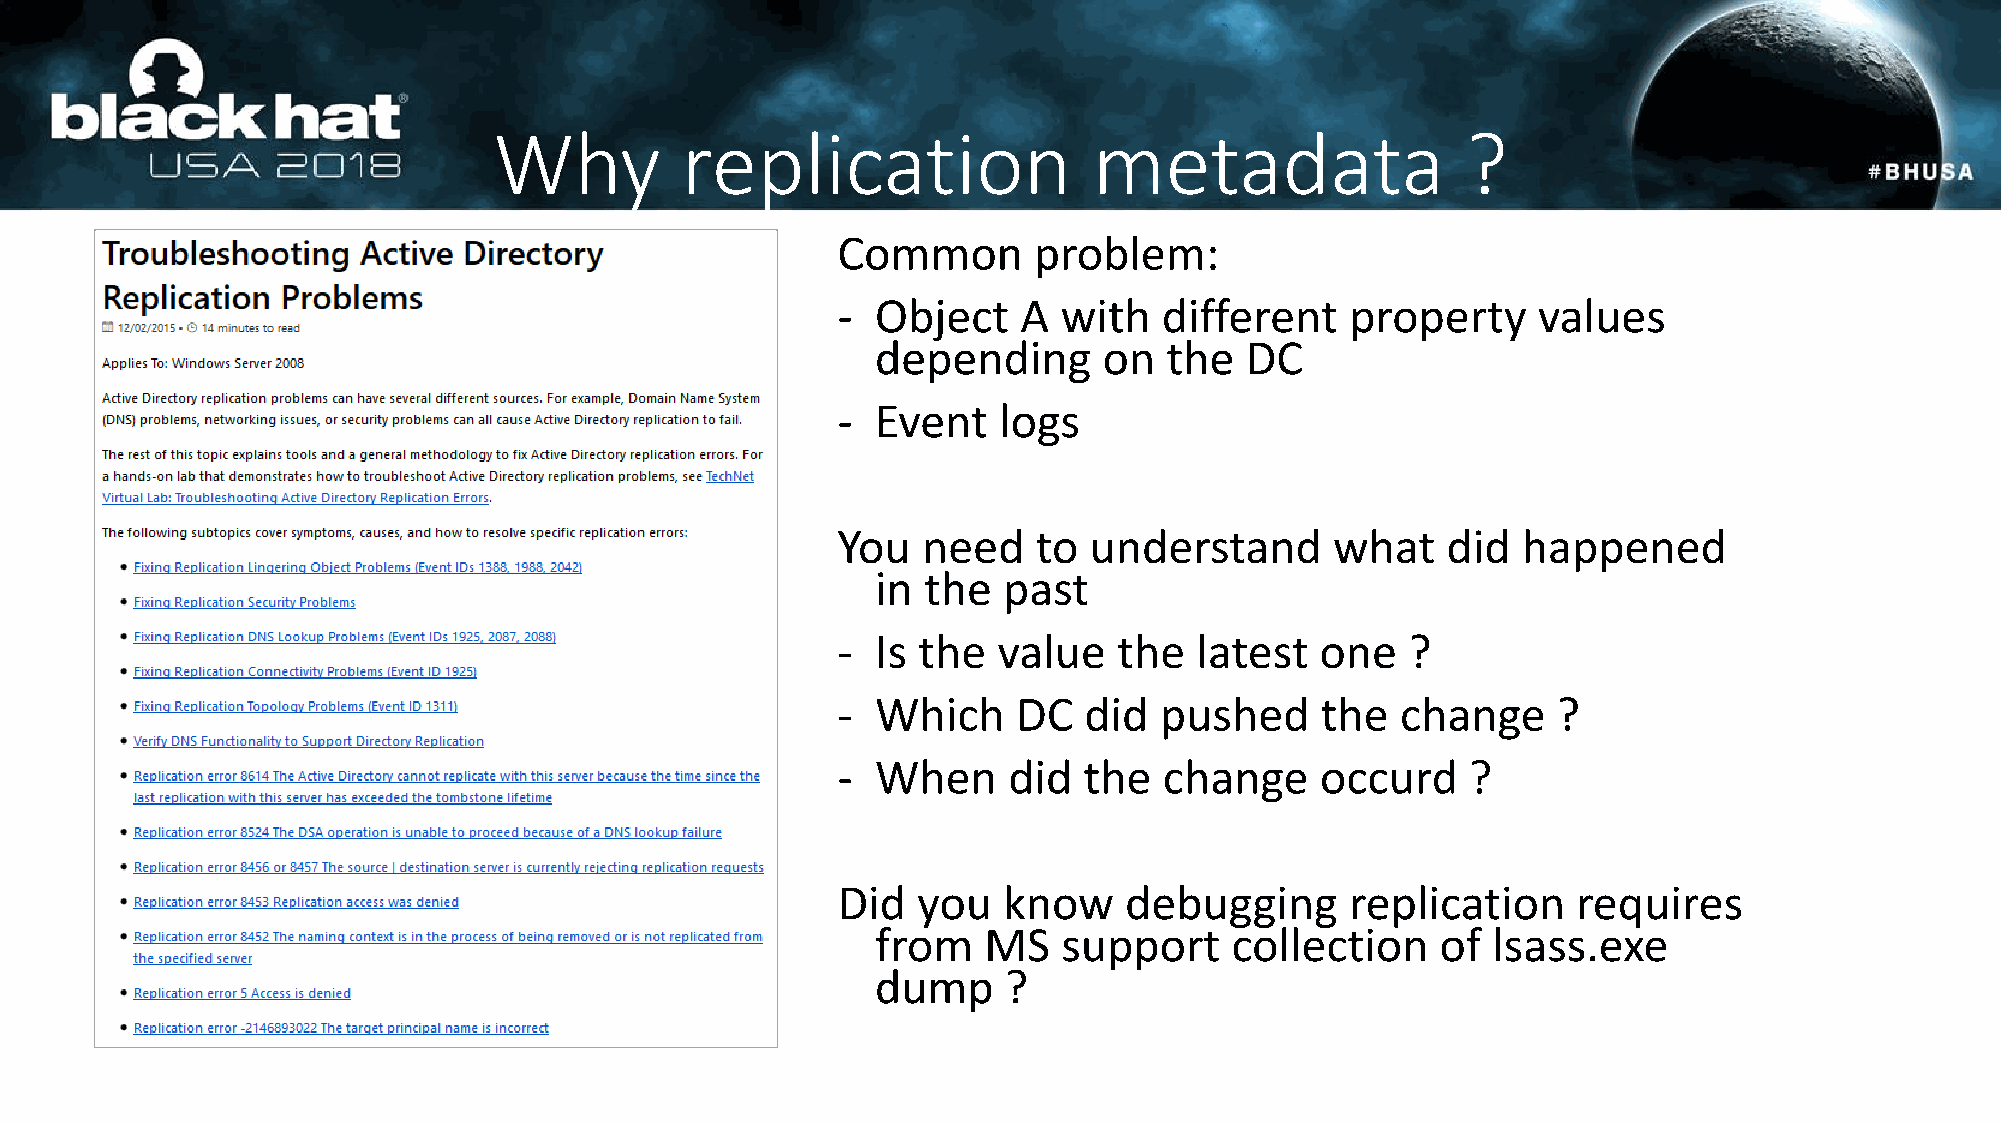
Why         replication                metadata                 ?
 Common       problem:
 -  Object    A with   different   property     values
 depending      on  the  DC
 -  Event   logs
 You   need    to understand      what    did  happened
 in the  past
 -  Is the  value   the  latest  one   ?
 -  Which    DC   did  pushed    the   change    ?
 -  When     did  the  change    occurd    ?
 Did   you  know    debugging      replication    requires
 from   MS   support    collection    of  lsass.exe
 dump     ?